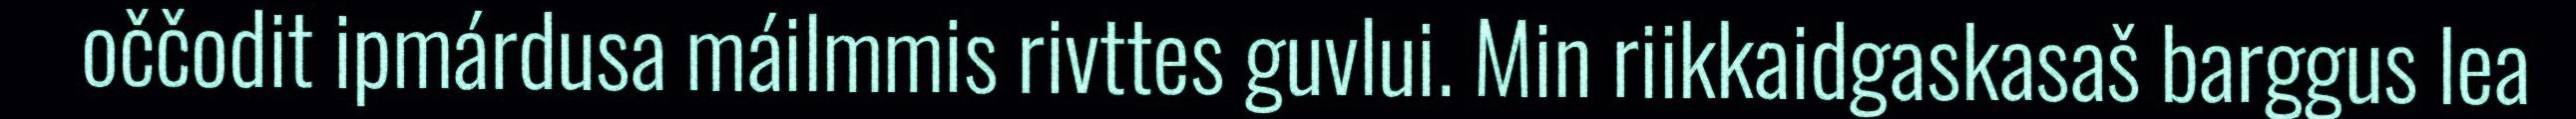
oččodit ipmárdusa máilmmis rivttes guvlui. Min riikkaidgaskasaš barggus lea